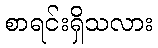
စာရင်းရှိသလား